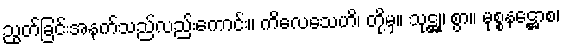
ညွတ်ခြင်းအနက်သည်လည်းကောင်း။ ကိလေသေဟိ၊ တို့မှ။ သုဋ္ဌု၊ စွာ။ မုစ္စနဋ္ဌောစ၊